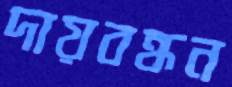
দায়বন্ধন